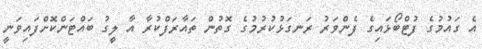
އެ ގައުމުގެ ފުޓްބޯޅައިގެ ފެންވަރު ރަނގަޅުކުރުމުގެ ގޮތުން ތައާރަފްކުރާ އާ ލީގު ބައްޓަންކޮށްފައިވަނީ